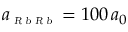
a _ { \scriptscriptstyle \textsl { R b R b } } = 1 0 0 \, a _ { 0 }